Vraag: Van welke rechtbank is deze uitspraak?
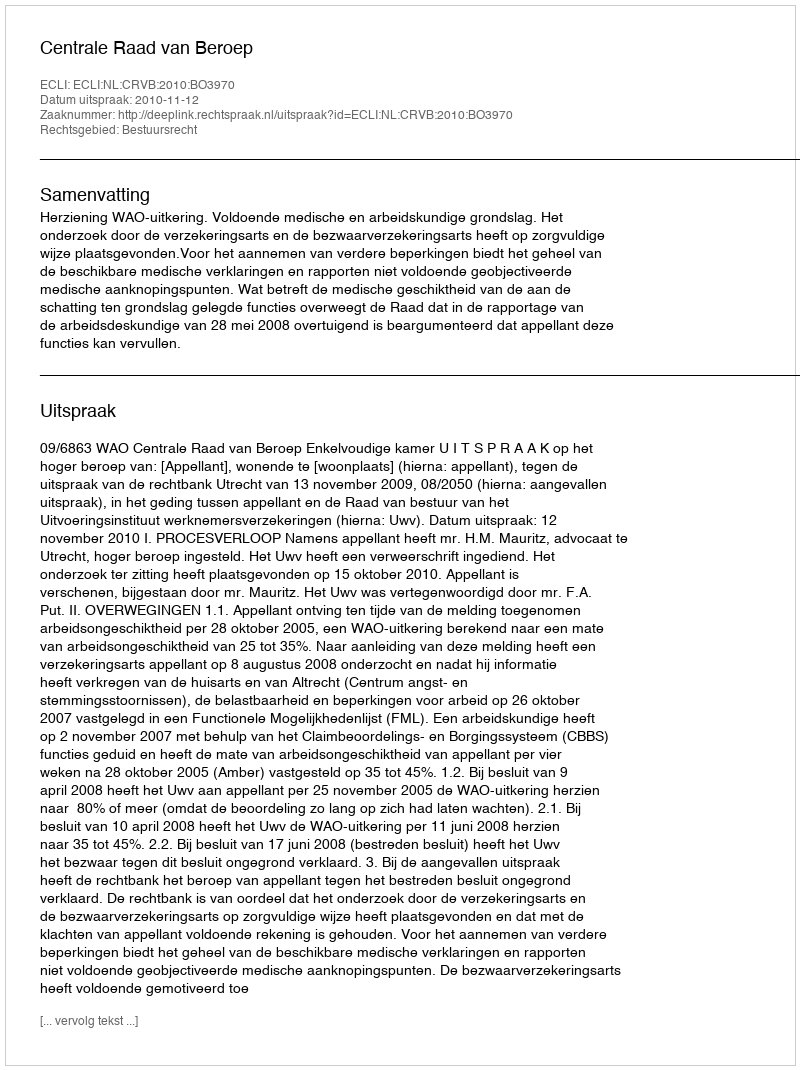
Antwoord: Centrale Raad van Beroep